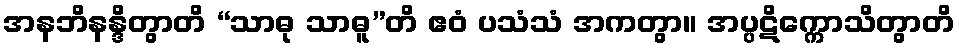
အနဘိနန္ဒိတွာတိ “သာဓု သာဓူ”တိ ဧဝံ ပသံသံ အကတွာ။ အပ္ပဋိက္ကောသိတွာတိ